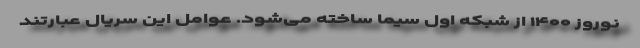
نوروز ۱۴۰۰ از شبکه اول سیما ساخته می‌شود. عوامل این سریال عبارتند